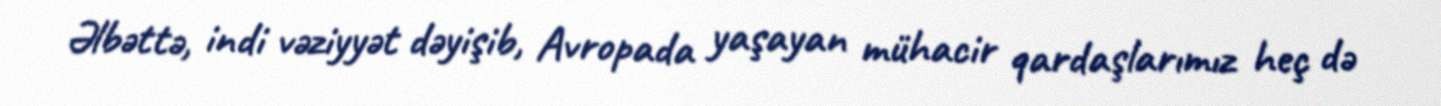
Əlbəttə, indi vəziyyət dəyişib, Avropada yaşayan mühacir qardaşlarımız heç də